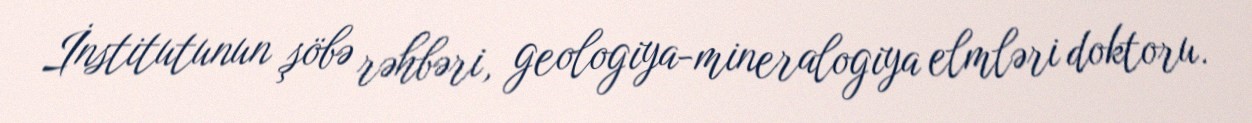
İnstitutunun şöbə rəhbəri, geologiya-mineralogiya elmləri doktoru.